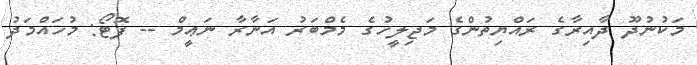
މަކުނުދޫ ދާއިރާގެ ރައްޔިތުންގެ މަޖިލީހުގެ މެމްބަރު އަނާރާ ނަޢީމް -- ފޮޓޯ: މުހައްމަދު